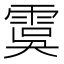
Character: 𩃉